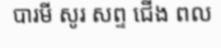
បារមី សូរ សព្ទ ជើង ពល